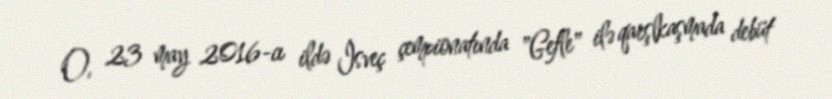
O, 23 may 2016-cı ildə İsveç çempionatında "Gefle" ilə qarşlkaşmada debüt